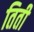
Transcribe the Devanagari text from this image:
तिती